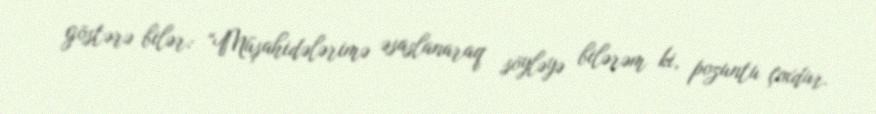
göstərə bilər: “Müşahidələrimə əsaslanaraq söyləyə bilərəm ki, pozuntu çoxdur.